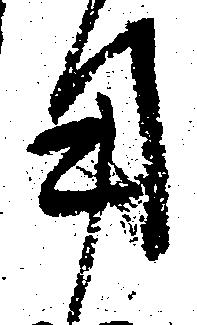
用